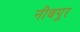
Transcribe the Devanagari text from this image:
नीबपुर